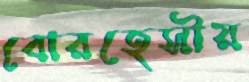
বোরহেসীয়